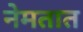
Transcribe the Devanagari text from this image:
नेमतात